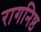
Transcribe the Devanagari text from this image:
रागनिष्ठ